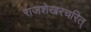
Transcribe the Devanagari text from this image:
राजशेखरचरित्